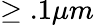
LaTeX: \geq.1\mu m